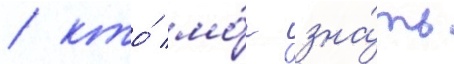
/ кто́ мо́г зна́ть